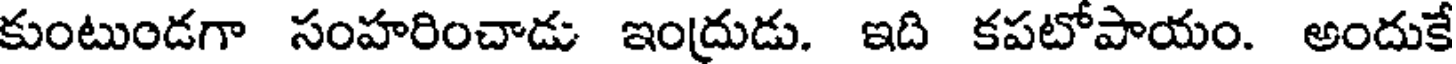
కుంటుండగా సంహరించాడు ఇంద్రుడు. ఇది కపటోపాయం. అందుకే